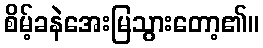
စိမ့်ခနဲအေးမြသွားတော့၏။